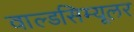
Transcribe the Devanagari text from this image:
वाल्डसिम्यूलर